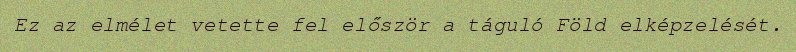
Ez az elmélet vetette fel először a táguló Föld elképzelését.